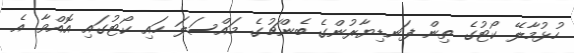
ހުޅުމާލޭ ކޯޓުގެ ތިން ފަނޑިޔާރުންގެ ބެންޗުގެ މައްސަލަ ހައި ކޯޓުގައި އޮއްވާ އެ